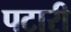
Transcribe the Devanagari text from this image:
पटारी